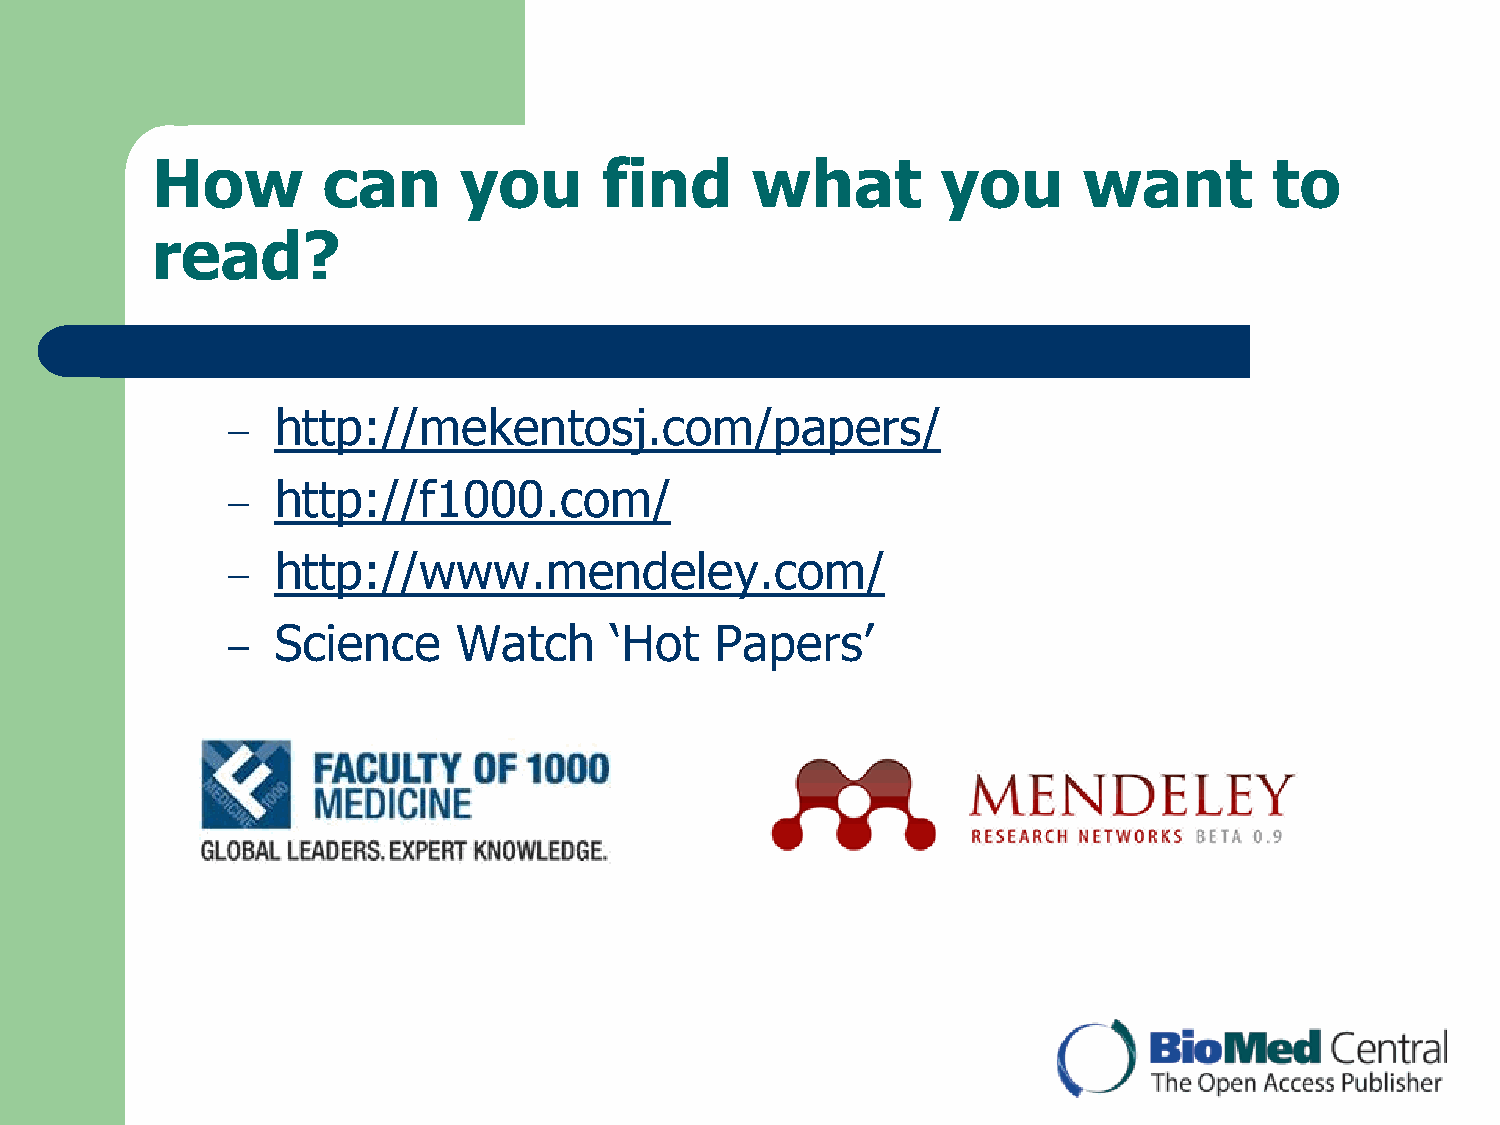
How        can      you       find      what        you       want        to
 read?
 http://mekentosj.com/papers/
 –
 http://f1000.com/
 –
 http://www.mendeley.com/
 –
 Science     Watch     „Hot   Papers‟
 –